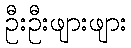
ဦးဦးဖျားဖျား